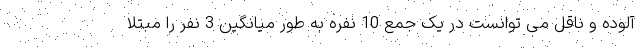
آلوده و ناقل می توانست در یک جمع 10 نفره به طور میانگین 3 نفر را مبتلا